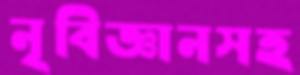
নৃবিজ্ঞানসহ